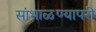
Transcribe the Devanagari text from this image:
सांभाळण्यापरी